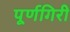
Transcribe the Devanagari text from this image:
पूर्णगिरी